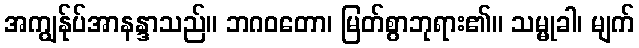
အကျွန်ုပ်အာနန္ဒာသည်။ ဘဂဝတော၊ မြတ်စွာဘုရား၏။ သမ္မုခါ၊ မျက်